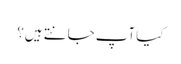
کیا آپ جانتے ہیں؟